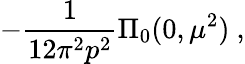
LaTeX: -{\frac{1}{12\pi^{2}p^{2}}}\Pi_{0}(0,\mu^{2})\ ,